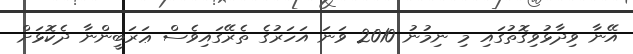
އޭނާ ވިދާޅުވިގޮތުގައި މި ނިމުނު 2010 ވަނަ އަހަރުގެ ތެރޭގައިވެސް ޢަރަބީންނާ ދެކޮޅަށް